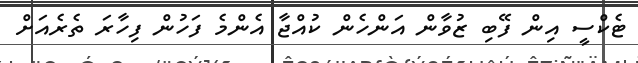
ޓެކްސީ އިން ފޭބި ޒުވާން އަންހެން ކުއްޖާ އެންމެ ފަހުން ފިހާރަ ތެރެއަށް